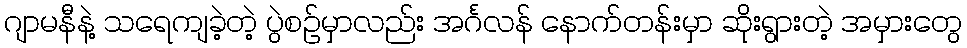
ဂျာမနီနဲ့ သရေကျခဲ့တဲ့ ပွဲစဉ်မှာလည်း အင်္ဂလန် နောက်တန်းမှာ ဆိုးရွားတဲ့ အမှားတွေ